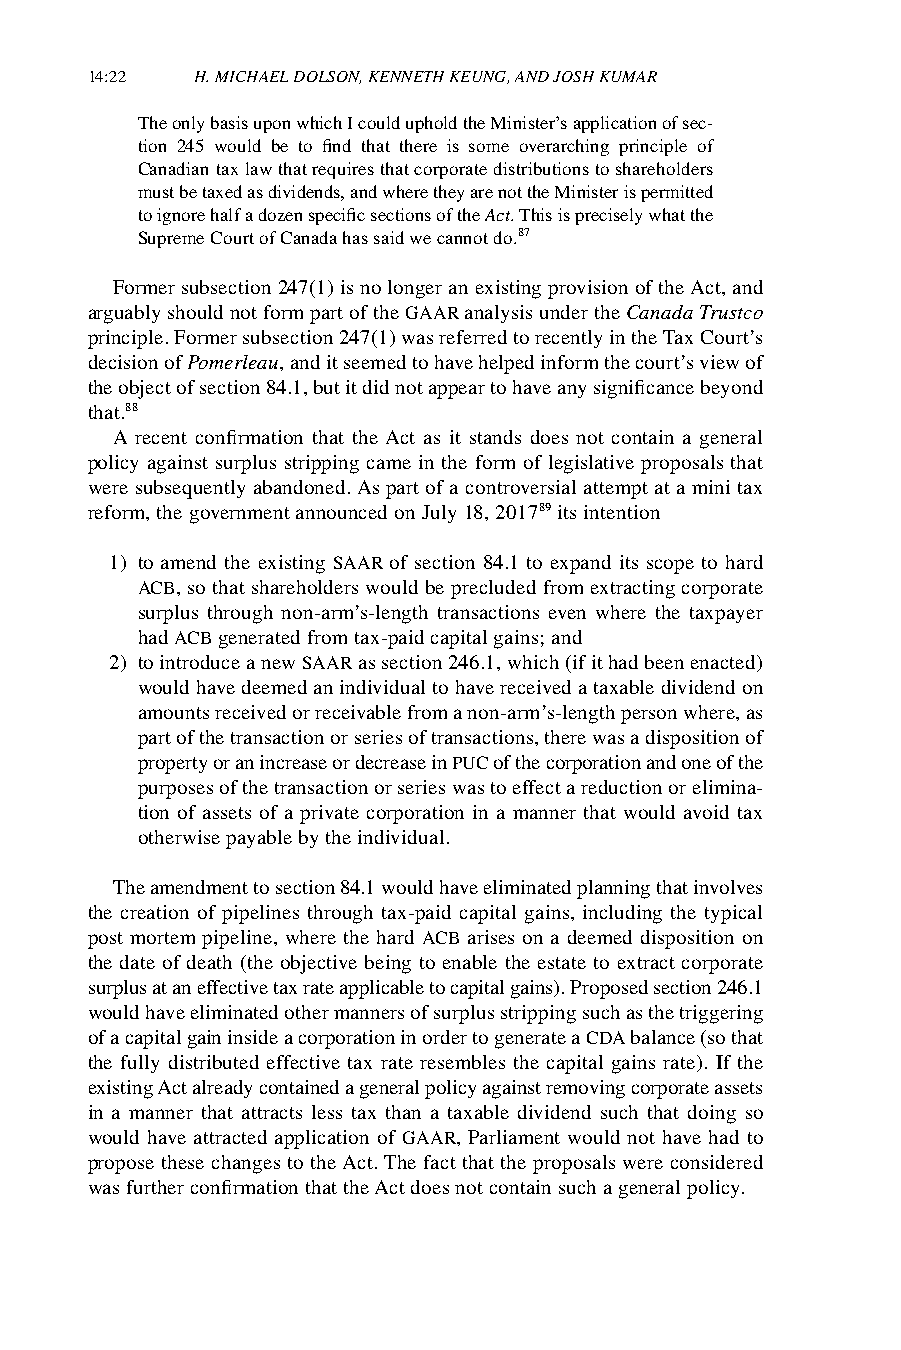
14:22  H. MICHAEL DOLSON, KENNETH KEUNG, AND JOSH KUMAR
 The only basis upon which I could uphold the Minister’s application of sec-
 tion 245 would be to find that there is some overarching principle of
 Canadian tax law that requires that corporate distributions to shareholders
 must be taxed as dividends, and where they are not the Minister is permitted
 to ignore half a dozen specific sections of the Act. This is precisely what the
 Supreme Court of Canada has said we cannot do.87
 Former subsection 247(1) is no longer an existing provision of the Act, and
 arguably should not form part of the GAAR analysis under the Canada Trustco
 principle. Former subsection 247(1) was referred to recently in the Tax Court’s
 decision of Pomerleau, and it seemed to have helped inform the court’s view of
 the object of section 84.1, but it did not appear to have any significance beyond
 that.88
 A recent confirmation that the Act as it stands does not contain a general
 policy against surplus stripping came in the form of legislative proposals that
 were subsequently abandoned. As part of a controversial attempt at a mini tax
 reform, the government announced on July 18, 201789 its intention
 1) to amend the existing SAAR of section 84.1 to expand its scope to hard
 ACB, so that shareholders would be precluded from extracting corporate
 surplus through non-arm’s-length transactions even where the taxpayer
 had ACB generated from tax-paid capital gains; and
 2) to introduce a new SAAR as section 246.1, which (if it had been enacted)
 would have deemed an individual to have received a taxable dividend on
 amounts received or receivable from a non-arm’s-length person where, as
 part of the transaction or series of transactions, there was a disposition of
 property or an increase or decrease in PUC of the corporation and one of the
 purposes of the transaction or series was to effect a reduction or elimina-
 tion of assets of a private corporation in a manner that would avoid tax
 otherwise payable by the individual.
 The amendment to section 84.1 would have eliminated planning that involves
 the creation of pipelines through tax-paid capital gains, including the typical
 post mortem pipeline, where the hard ACB arises on a deemed disposition on
 the date of death (the objective being to enable the estate to extract corporate
 surplus at an effective tax rate applicable to capital gains). Proposed section 246.1
 would have eliminated other manners of surplus stripping such as the triggering
 of a capital gain inside a corporation in order to generate a CDA balance (so that
 the fully distributed effective tax rate resembles the capital gains rate). If the
 existing Act already contained a general policy against removing corporate assets
 in a manner that attracts less tax than a taxable dividend such that doing so
 would have attracted application of GAAR, Parliament would not have had to
 propose these changes to the Act. The fact that the proposals were considered
 was further confirmation that the Act does not contain such a general policy.